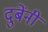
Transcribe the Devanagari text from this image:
दुबेंनी